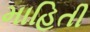
માહિતી